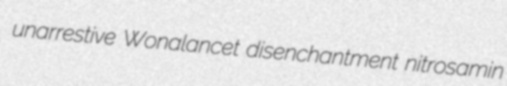
unarrestive Wonalancet disenchantment nitrosamin